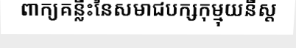
ពាក្យគន្លឹះនៃសមាជបក្សកុម្មុយនីស្ត